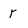
Character: r